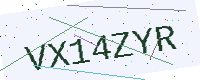
Text: VX14ZYR